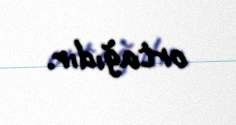
ortağıdır.